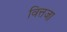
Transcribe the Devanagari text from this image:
वित्तजा